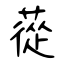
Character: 蓯